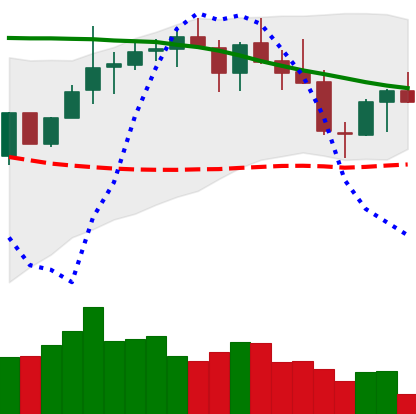
Ticker: LINK-USD
Chart end date: 2018-05-15
Forward return: -10.086%
Label: down_7plus